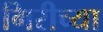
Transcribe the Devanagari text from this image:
गिरीच्या